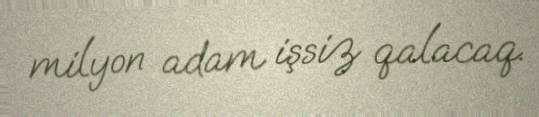
milyon adam işsiz qalacaq.